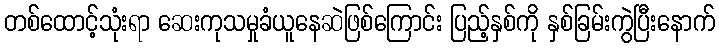
တစ်ထောင့်သုံးရာ ဆေးကုသမှုခံယူနေဆဲဖြစ်ကြောင်း ပြည့်နှစ်ကို နှစ်ခြမ်းကွဲပြီးနောက်